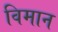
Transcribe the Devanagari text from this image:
विमान